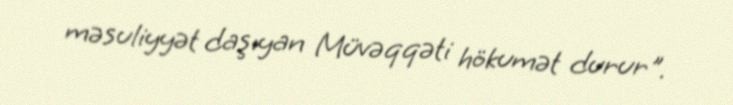
məsuliyyət daşıyan Müvəqqəti hökumət durur".